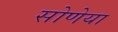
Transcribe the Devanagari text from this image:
सोणेया